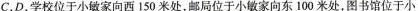
c，D，学校位于小敏家向西150米处，邮局位于小